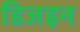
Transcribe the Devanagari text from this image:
डिजइन